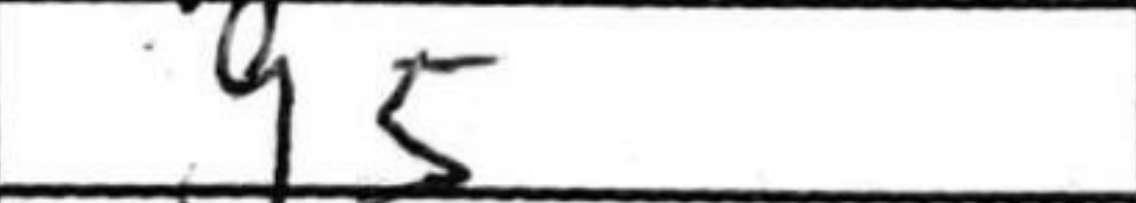
Transcription: g5